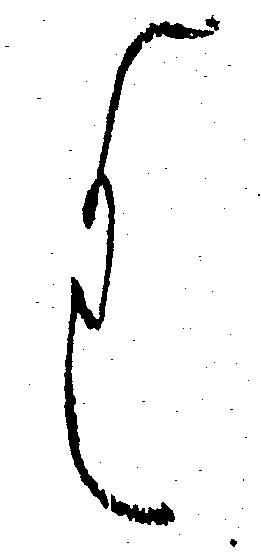
く